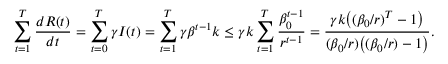
\sum _ { t = 1 } ^ { T } \frac { d R ( t ) } { d t } = \sum _ { t = 0 } ^ { T } \gamma I ( t ) = \sum _ { t = 1 } ^ { T } \gamma \beta ^ { t - 1 } k \leq \gamma k \sum _ { t = 1 } ^ { T } \frac { \beta _ { 0 } ^ { t - 1 } } { r ^ { t - 1 } } = \frac { \gamma k \big ( ( \beta _ { 0 } / r ) ^ { T } - 1 \big ) } { ( \beta _ { 0 } / r ) \big ( ( \beta _ { 0 } / r ) - 1 \big ) } .